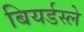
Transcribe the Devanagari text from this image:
बियर्डस्ले